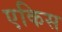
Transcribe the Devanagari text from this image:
एकिस